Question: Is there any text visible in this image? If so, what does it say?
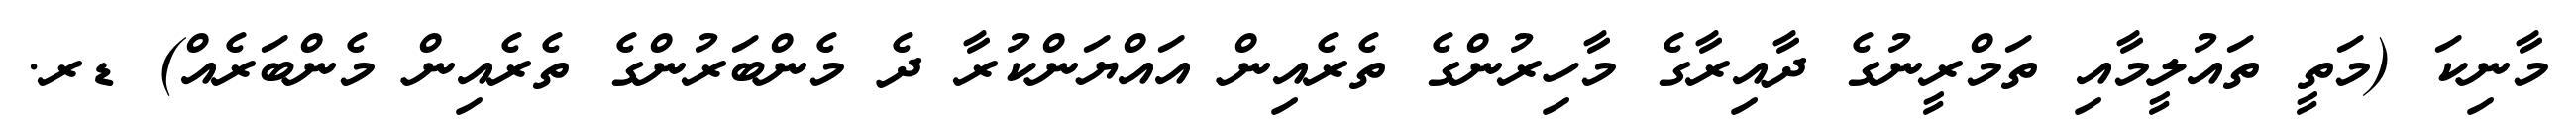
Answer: މާނިކަ (މަތީ ތައުލީމާއި ތަމްރީނުގެ ދާއިރާގެ މާހިރުންގެ ތެރެއިން އައްޔަންކުރާ ދެ މެންބަރުންގެ ތެރެއިން މެންބަރެއް) ޑރ.